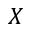
X